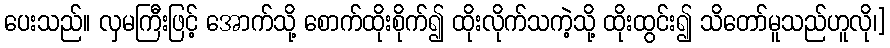
ပေးသည်။ လှမကြီးဖြင့် အောက်သို့ စောက်ထိုးစိုက်၍ ထိုးလိုက်သကဲ့သို့ ထိုးထွင်း၍ သိတော်မူသည်ဟူလို၊]